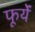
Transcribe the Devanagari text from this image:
फूर्यें